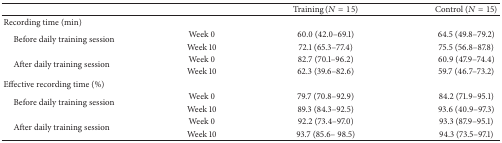
<table><thead><tr><td><b> </b></td><td><b> </b></td><td><b>Training (<i>N</i> = 15)</b></td><td><b>Control (<i>N</i> = 15)</b></td></tr></thead><tbody><tr><td>Recording time (min)</td><td> </td><td> </td><td> </td></tr><tr><td rowspan="2"> Before daily training session</td><td>Week 0</td><td>60.0 (42.0–69.1)</td><td>64.5 (49.8–79.2)</td></tr><tr><td>Week 10</td><td>72.1 (65.3–77.4)</td><td>75.5 (56.8–87.8)</td></tr><tr><td rowspan="2"> After daily training session</td><td>Week 0</td><td>82.7 (70.1–96.2)</td><td>60.9 (47.9–74.4)</td></tr><tr><td>Week 10</td><td>62.3 (39.6–82.6)</td><td>59.7 (46.7–73.2)</td></tr><tr><td>Effective recording time (%)</td><td> </td><td> </td><td> </td></tr><tr><td rowspan="2"> Before daily training session</td><td>Week 0</td><td>79.7 (70.8–92.9)</td><td>84.2 (71.9–95.1)</td></tr><tr><td>Week 10</td><td>89.3 (84.3–92.5)</td><td>93.6 (40.9–97.3)</td></tr><tr><td rowspan="2"> After daily training session</td><td>Week 0</td><td>92.2 (73.4–97.0)</td><td>93.3 (87.9–95.1)</td></tr><tr><td>Week 10</td><td>93.7 (85.6– 98.5)</td><td>94.3 (73.5–97.1)</td></tr></tbody></table>